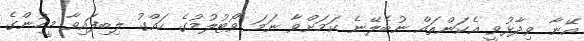
އޭނާ ވިދާޅުވީ އެކަންތައް ނުބެލޭނެ ކަމަށްވާ ނަމަ ވޯޓުލުމުގެ ހައްގު ލިބިފައިވާ މީހުންގެ